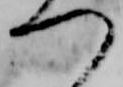
つ